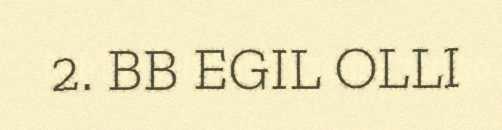
2. BB EGIL OLLI